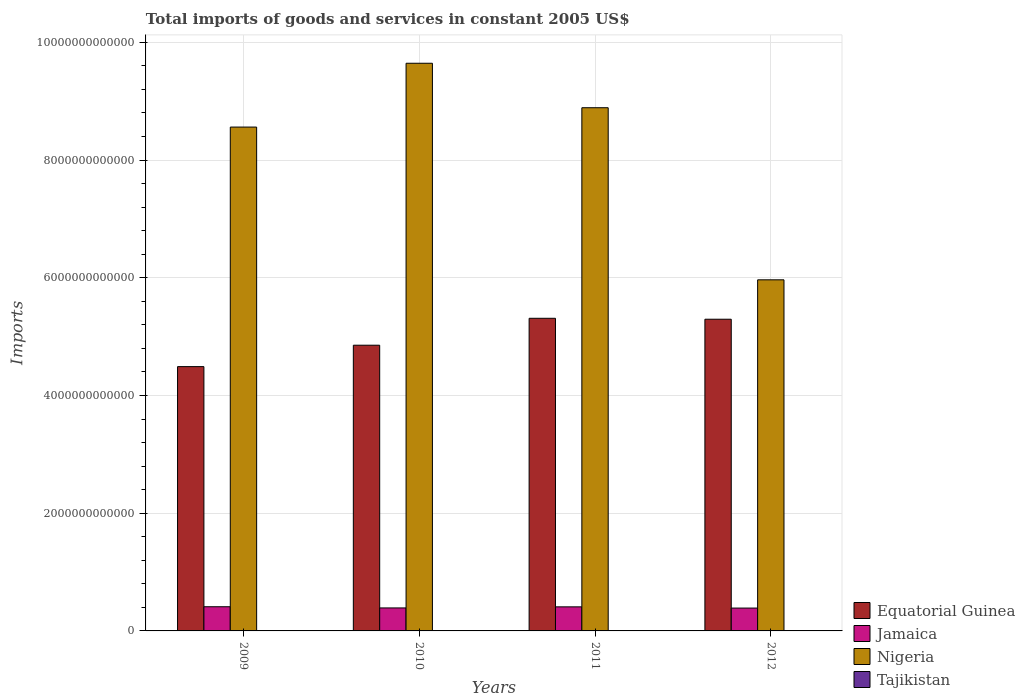
| Years | Equatorial Guinea | Jamaica | Nigeria | Tajikistan |
 | --- | --- | --- | --- | --- |
 | 2009 | 4.49e+12 | 4.11e+11 | 8.56e+12 | 3.83e+09 |
 | 2010 | 4.85e+12 | 3.91e+11 | 9.64e+12 | 4.1e+09 |
 | 2011 | 5.31e+12 | 4.09e+11 | 8.89e+12 | 4.38e+09 |
 | 2012 | 5.3e+12 | 3.88e+11 | 5.97e+12 | 4.65e+09 |